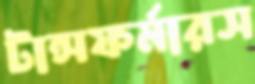
টান্সফর্মারস